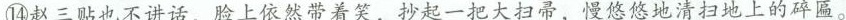
⑭赵三贴也不讲话，脸上依然带着笑，抄起一把大扫帚，慢悠悠地清扫地上的碎匾。